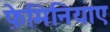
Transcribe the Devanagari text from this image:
फ़ेमिनियाए